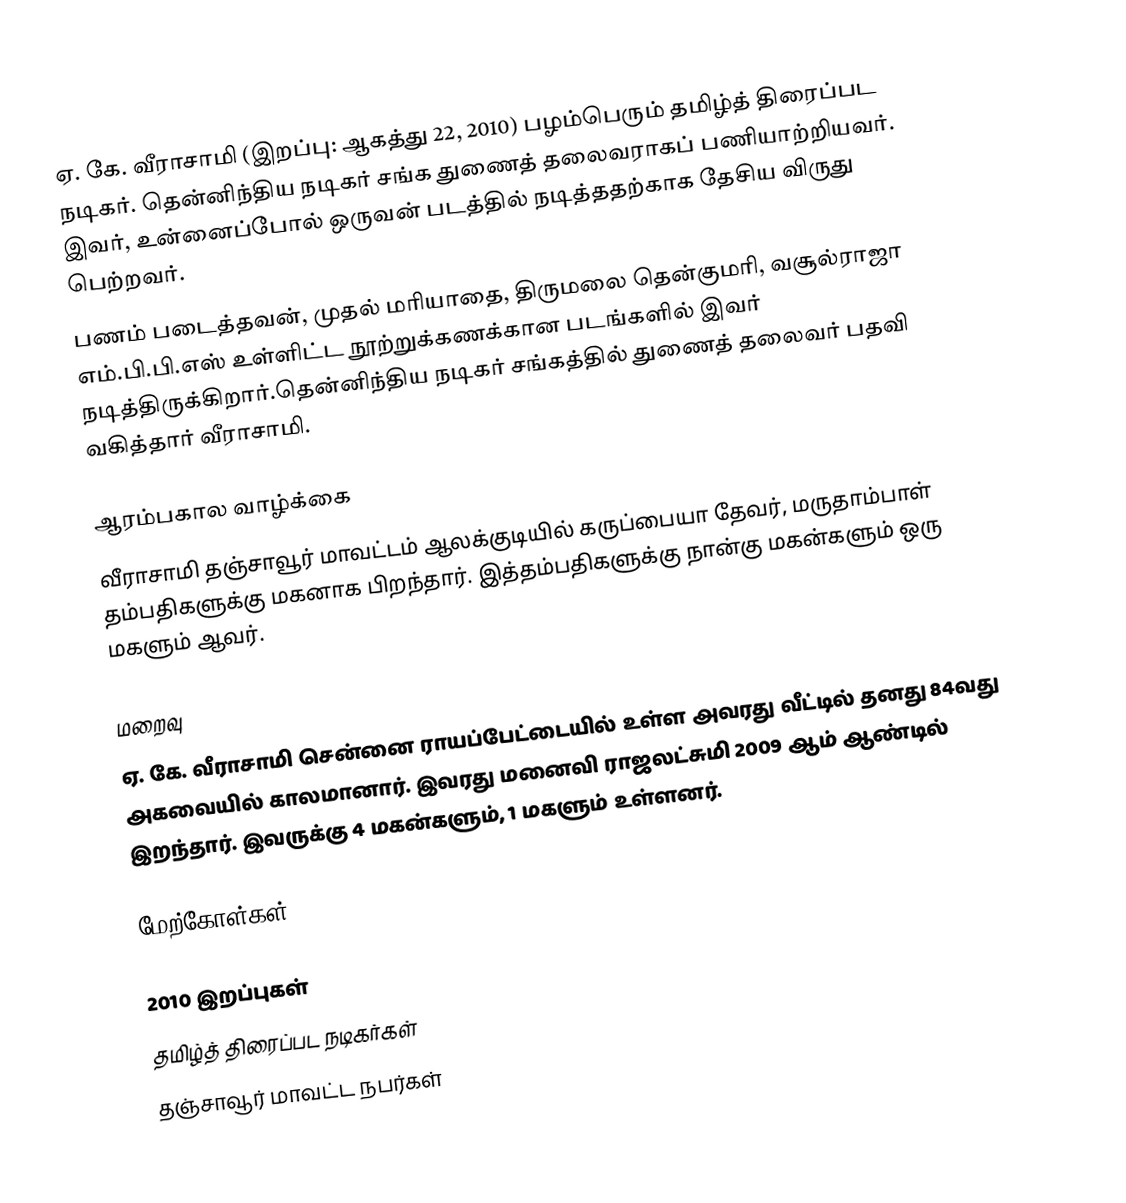
ஏ. கே. வீராசாமி (இறப்பு: ஆகத்து 22, 2010) பழம்பெரும் தமிழ்த் திரைப்பட நடிகர். தென்னிந்திய நடிகர் சங்க துணைத் தலைவராகப் பணியாற்றியவர். இவர், உன்னைப்போல் ஒருவன் படத்தில் நடித்ததற்காக தேசிய விருது பெற்றவர்.
பணம் படைத்தவன், முதல் மரியாதை, திருமலை தென்குமரி, வசூல்ராஜா எம்.பி.பி.எஸ் உள்ளிட்ட நூற்றுக்கணக்கான படங்களில் இவர் நடித்திருக்கிறார்.தென்னிந்திய நடிகர் சங்கத்தில் துணைத் தலைவர் பதவி வகித்தார் வீராசாமி.

ஆரம்பகால வாழ்க்கை
வீராசாமி தஞ்சாவூர் மாவட்டம் ஆலக்குடியில் கருப்பையா தேவர்,  மருதாம்பாள் தம்பதிகளுக்கு மகனாக பிறந்தார். இத்தம்பதிகளுக்கு நான்கு மகன்களும் ஒரு மகளும் ஆவர்.

மறைவு
ஏ. கே. வீராசாமி சென்னை ராயப்பேட்டையில் உள்ள அவரது வீட்டில் தனது 84வது அகவையில் காலமானார். இவரது மனைவி ராஜலட்சுமி 2009 ஆம் ஆண்டில் இறந்தார். இவருக்கு 4 மகன்களும், 1 மகளும் உள்ளனர்.

மேற்கோள்கள்

2010 இறப்புகள்
தமிழ்த் திரைப்பட நடிகர்கள்
தஞ்சாவூர் மாவட்ட நபர்கள்